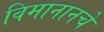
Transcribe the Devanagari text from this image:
विमानानचे